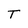
Character: T